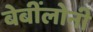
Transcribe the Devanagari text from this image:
बेबींलोनी